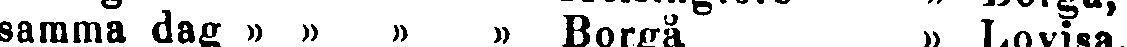
samma dag » » » » Borgå » Lovisa,